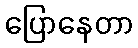
ပြောနေတာ